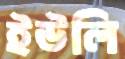
ইউলি